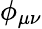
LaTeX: \phi_{\mu\nu}